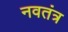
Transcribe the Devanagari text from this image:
नवतंत्र